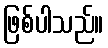
ဖြစ်ပါသည်။